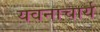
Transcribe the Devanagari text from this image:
यवनाचार्य